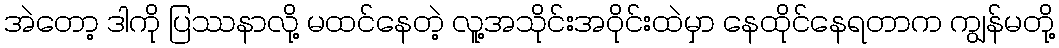
အဲတော့ ဒါကို ပြဿနာလို့ မထင်နေတဲ့ လူ့အသိုင်းအဝိုင်းထဲမှာ နေထိုင်နေရတာက ကျွန်မတို့